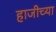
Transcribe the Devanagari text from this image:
हाजीच्या